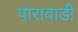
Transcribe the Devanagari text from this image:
पारावाडी